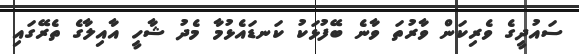
ސައުދީގެ ވެރިކަން ވާރުތަ ވާނެ ބޭފުޅަކު ކަނޑައެޅުމާ މެދު ޝާހީ އާއިލާގެ ތެރޭގައި